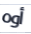
أوه